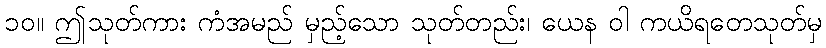
၁၀။ ဤသုတ်ကား ကံအမည် မှည့်သော သုတ်တည်း၊ ယေန ဝါ ကယိရတေသုတ်မှ